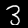
Label: 3